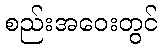
စည်းအဝေးတွင်